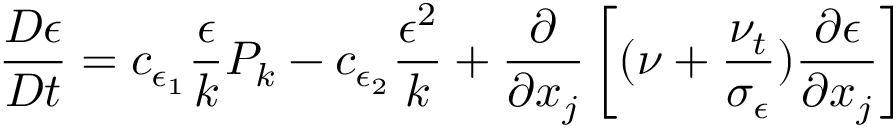
{ \frac { D \epsilon } { D t } } = c _ { \epsilon _ { 1 } } { \frac { \epsilon } { k } } P _ { k } - c _ { \epsilon _ { 2 } } { \frac { \epsilon ^ { 2 } } { k } } + { \frac { \partial } { \partial x _ { j } } } \left[ ( \nu + { \frac { \nu _ { t } } { \sigma _ { \epsilon } } } ) { \frac { \partial \epsilon } { \partial x _ { j } } } \right]